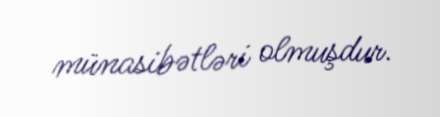
münasibətləri olmuşdur.